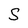
Character: S